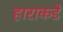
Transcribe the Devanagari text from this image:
हाराकडे